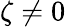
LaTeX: \zeta\neq 0